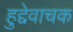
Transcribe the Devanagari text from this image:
हुद्देवाचक